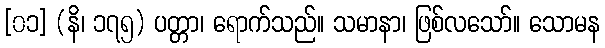
[၀၁] (နိ၊ ၁၇၅) ပတ္တာ၊ ရောက်သည်။ သမာနာ၊ ဖြစ်လသော်။ သောမန